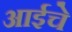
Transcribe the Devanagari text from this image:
अाईचे